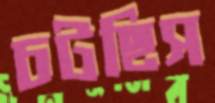
চটছিস